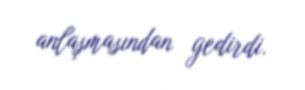
anlaşmasından gedirdi.